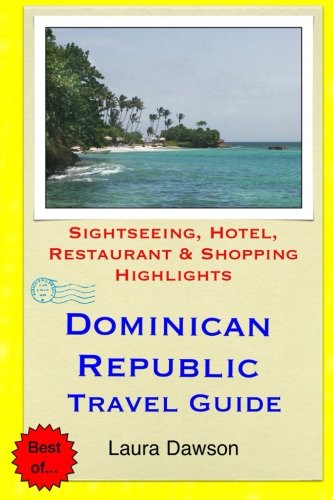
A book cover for Dominican Republic Travel Guide: Sightseeing, Hotel, Restaurant & Shopping Highlights; Laura Dawson; Travel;